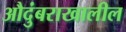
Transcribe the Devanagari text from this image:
औदुंबराखालील